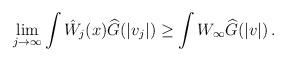
LaTeX: \begin{align*}\begin{aligned}&\lim_{j\to\infty}\int\hat{W}_j(x)\widehat G (|v_j|)\geq \int{W}_\infty\widehat G (|v|) \, .\end{aligned}\end{align*}